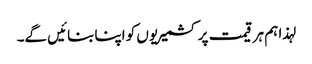
لہذا ہم ہر قیمت پر کشمیریوں کو اپنا بنائیں گے۔